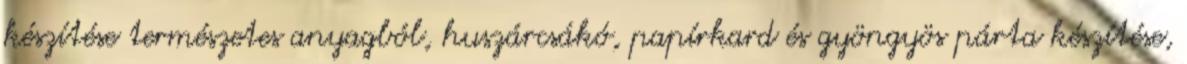
készítése természetes anyagból, huszárcsákó, papírkard és gyöngyös párta készítése,